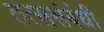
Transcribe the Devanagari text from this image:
तत्ससंबंधी